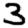
Digit: 3